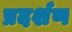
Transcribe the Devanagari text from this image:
प्रदर्शण